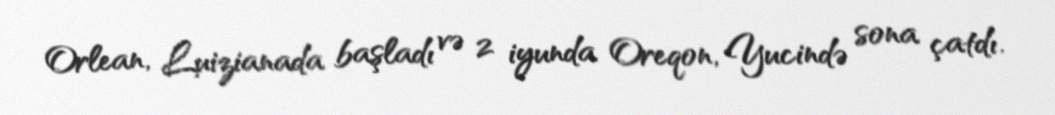
Orlean, Luizianada başladı və 2 iyunda Oreqon, Yucində sona çatdı.